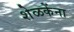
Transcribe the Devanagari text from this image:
शेळकेंना